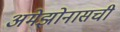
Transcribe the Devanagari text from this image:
अमेझोनासची